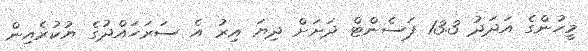
މީހުންގެ އަަދަދު 13.3 ޕަސެންޓް ދަށަށް ދިޔަ އިރު އެ ސަރަހައްދުގެ ޔުކުރެއިން